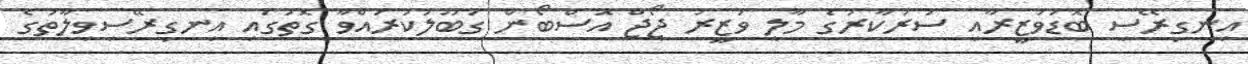
އިނގިރޭސި ބޮޑުވަޒީރާއި ސަރުކާރުގެ މާލީ ވަޒީރު ޖޯޖް އޮސްބޯން ގަބޫލުކުރައްވާ ގޮތުގައި އިނގިރޭސިވިލާތުގެ